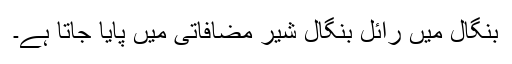
بنگال میں رائل بنگال شیر مضافاتی میں پایا جاتا ہے۔